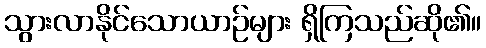
သွားလာနိုင်သောယာဉ်များ ရှိကြသည်ဆို၏။